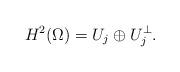
LaTeX: \begin{align*}H^2(\Omega)=U_j\oplus U_j^{\perp}.\end{align*}